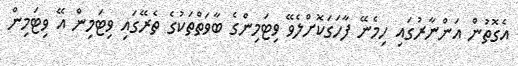
އެގޮތުން އަންނާރުގައި ހިމެނޭ ފާހަގަކޮށްލެވޭ ވިޓަމިންގެ ބާވަތްތަކުގެ ތެރޭގައި ވިޓަމިން އޭ ވިޓަމިން